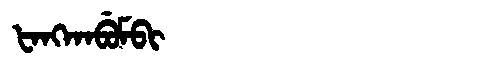
Manchu: ᡶᠠᠩᡴᠠᠪᡠᠮᠪᡳ
Romanization: FANGKABUMBI